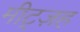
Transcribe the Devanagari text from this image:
मीट्ज़ह